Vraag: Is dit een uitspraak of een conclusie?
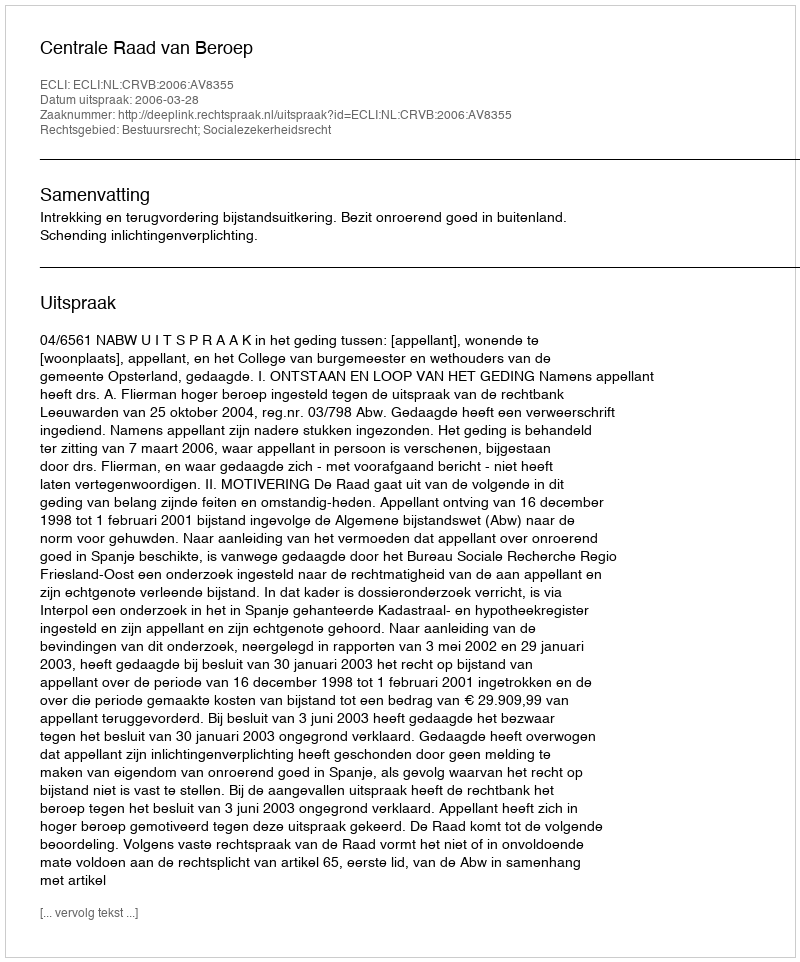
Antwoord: Uitspraak